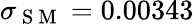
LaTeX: \sigma_{\mathrm{~S~M~}}=0.00343